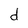
Character: d